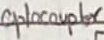
Text: Optocoupler